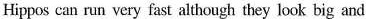
Hippos can run very fast although they look big and